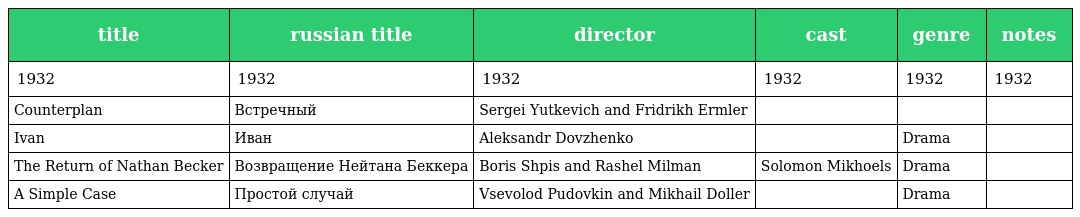
| title | russian title | director | cast | genre | notes |
 | --- | --- | --- | --- | --- | --- |
 | 1932 | 1932 | 1932 | 1932 | 1932 | 1932 |
 | Counterplan | Встречный | Sergei Yutkevich and Fridrikh Ermler |  |  |  |
 | Ivan | Ивaн | Aleksandr Dovzhenko |  | Drama |  |
 | The Return of Nathan Becker | Возвращение Нейтана Беккера | Boris Shpis and Rashel Milman | Solomon Mikhoels | Drama |  |
 | A Simple Case | Простой случай | Vsevolod Pudovkin and Mikhail Doller |  | Drama |  |